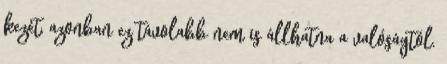
kezét, azonban ez távolabb nem is állhatna a valóságtól.